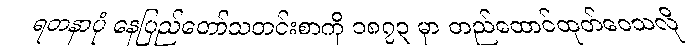
ရတနာပုံ နေပြည်တော်သတင်းစာကို ၁၈၇၃ မှာ တည်ထောင်ထုတ်ဝေသလို